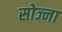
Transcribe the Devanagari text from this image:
सोज्ना